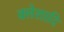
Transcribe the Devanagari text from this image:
क्लेशादि